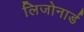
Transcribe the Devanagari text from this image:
लिजोनार्ड